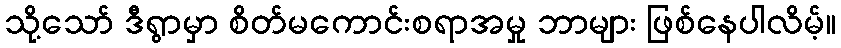
သို့သော် ဒီရွာမှာ စိတ်မကောင်းစရာအမှု ဘာများ ဖြစ်နေပါလိမ့်။